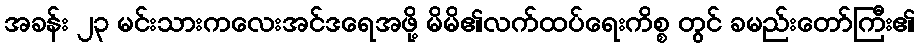
အခန်း ၂၃ မင်းသားကလေးအင်ဒရေအဖို့ မိမိ၏လက်ထပ်ရေးကိစ္စ တွင် ခမည်းတော်ကြီး၏